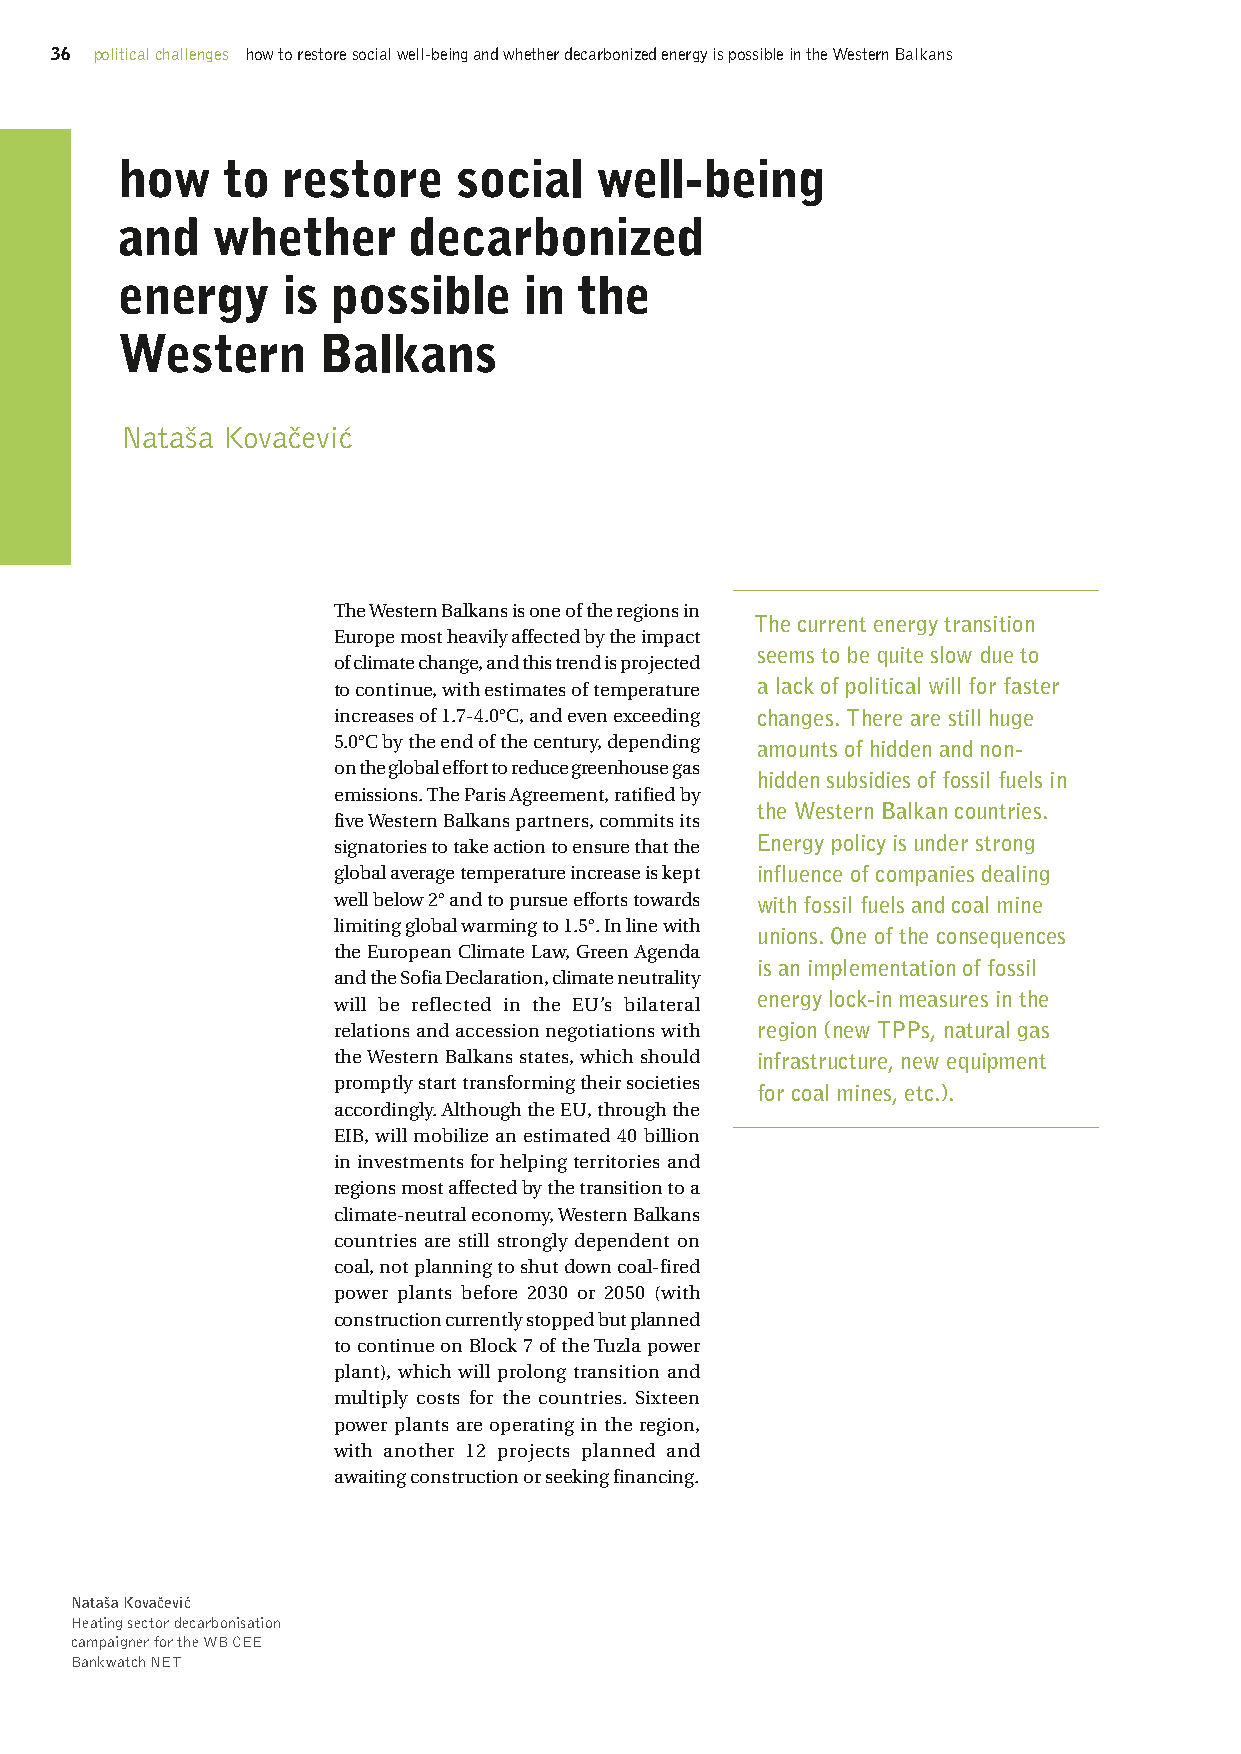
36 political challenges how to restore social well-being and whether decarbonized energy is possible in the Western Balkans
 how    to  restore    social   well-being
 and   whether      decarbonized
 energy     is possible     in the
 Western      Balkans
 Nataša Kovačević
 The Western Balkans is one of the regions in
 The current energy transition
 Europe most heavily affected by the impact
 seems to be quite slow due to
 of climate change, and this trend is projected
 to continue, with estimates of temperature a lack of political will for faster
 increases of 1.7-4.0°C, and even exceeding changes. There are still huge
 5.0°C by the end of the century, depending amounts of hidden and non-
 on the global effort to reduce greenhouse gas
 hidden subsidies of fossil fuels in
 emissions. The Paris Agreement, ratified by
 the Western Balkan countries.
 five Western Balkans partners, commits its
 signatories to take action to ensure that the Energy policy is under strong
 global average temperature increase is kept influence of companies dealing
 well below 2° and to pursue efforts towards with fossil fuels and coal mine
 limiting global warming to 1.5°. In line with
 unions. One of the consequences
 the European Climate Law, Green Agenda
 is an implementation of fossil
 and the Sofia Declaration, climate neutrality
 energy lock-in measures in the
 will be reflected in the EU’s bilateral
 relations and accession negotiations with region (new TPPs, natural gas
 the Western Balkans states, which should infrastructure, new equipment
 promptly start transforming their societies
 for coal mines, etc.).
 accordingly. Although the EU, through the
 EIB, will mobilize an estimated €40 billion
 in investments for helping territories and
 regions most affected by the transition to a
 climate-neutral economy, Western Balkans
 countries are still strongly dependent on
 coal, not planning to shut down coal-fired
 power plants before 2030 or 2050 (with
 construction currently stopped but planned
 to continue on Block 7 of the Tuzla power
 plant), which will prolong transition and
 multiply costs for the countries. Sixteen
 power plants are operating in the region,
 with another 12 projects planned and
 awaiting construction or seeking financing.
 Nataša Kovačević
 Heating sector decarbonisation
 campaigner for the WB CEE
 Bankwatch NET